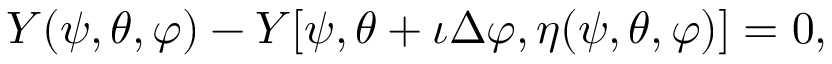
Y ( \psi , \theta , \varphi ) - Y [ \psi , \theta + \iota \Delta \varphi , \eta ( \psi , \theta , \varphi ) ] = 0 ,